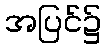
အပြင်၌